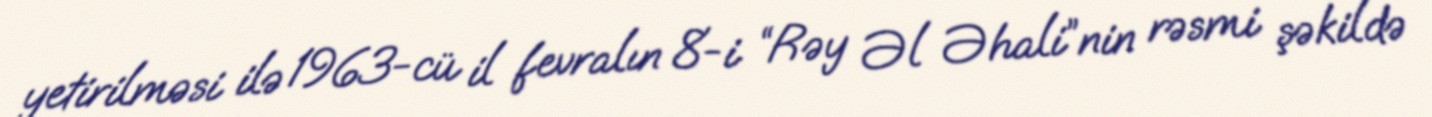
yetirilməsi ilə 1963-cü il fevralın 8-i “Rəy Əl Əhali”nin rəsmi şəkildə